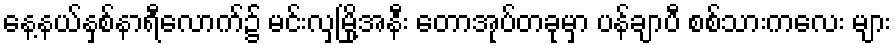
နေ့နယ်နှစ်နာရီလောက်၌ မင်းလှမြို့အနီး တောအုပ်တခုမှာ ပန်ချာပီ စစ်သားကလေး များ